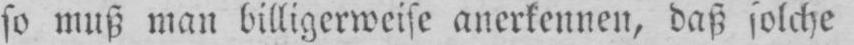
so muß man billigerweise anerkennen, daß solche